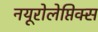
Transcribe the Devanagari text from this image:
नयूरोलेप्तिक्स